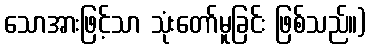
သောအားဖြင့်သာ သုံးတော်မူခြင်း ဖြစ်သည်။)